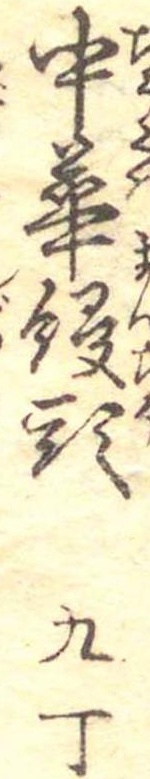
中華饅頭九丁